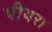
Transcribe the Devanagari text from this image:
पीथरा